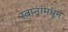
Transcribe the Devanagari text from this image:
स्वप्नांमधून